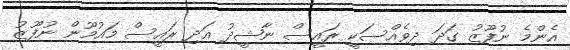
އެންމެ ނުފޫޒު ގަދަ ދިވެއްސަކީ ރައީސް ނާޝީދު އަދި ރައީސް މައުމޫން ނުފޫޒު